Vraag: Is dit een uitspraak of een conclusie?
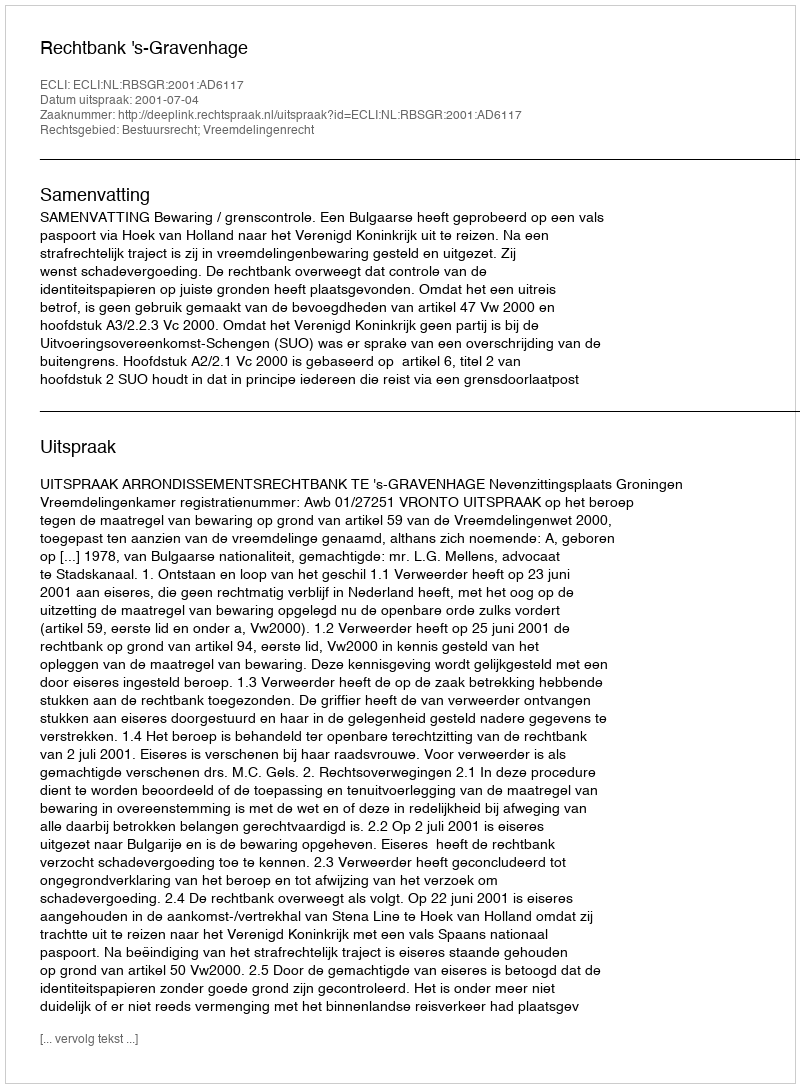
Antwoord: Uitspraak